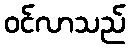
ဝင်လာသည်